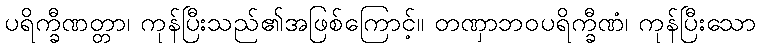
ပရိက္ခီဏတ္တာ၊ ကုန်ပြီးသည်၏အဖြစ်ကြောင့်။ တဏှာဘဝပရိက္ခီဏံ၊ ကုန်ပြီးသော